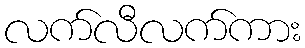
လက်လီလက်ကား